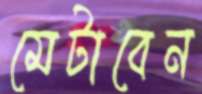
মেটাবেন